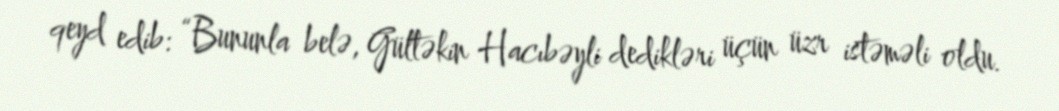
qeyd edib: “Bununla belə, Gültəkin Hacıbəyli dedikləri üçün üzr istəməli oldu.